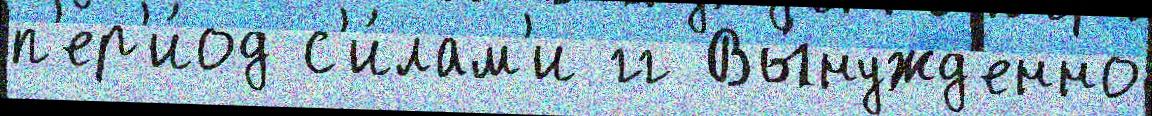
п'ер'и́од с'и́лам'и гг Вы́нужд'енно